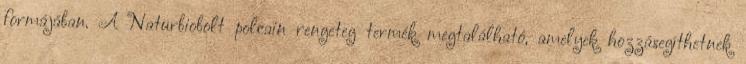
formájában. A Naturbiobolt polcain rengeteg termék megtalálható, amelyek hozzásegíthetnek